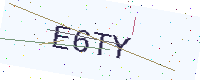
Text: E6TY